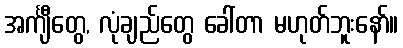
အင်္ကျီတွေ, လုံချည်တွေ ခေါ်တာ မဟုတ်ဘူးနော်။